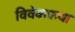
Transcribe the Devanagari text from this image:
विवेककथा